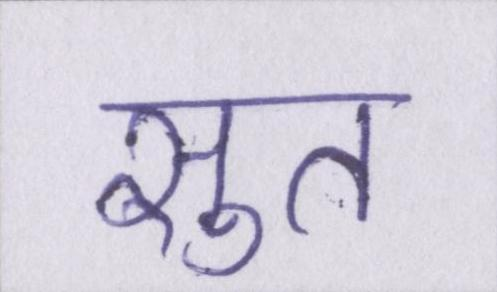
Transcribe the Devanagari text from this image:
सुत